Rangoon Lunatic Asylum 1878-1892 - 1878-1892
Year: 1878
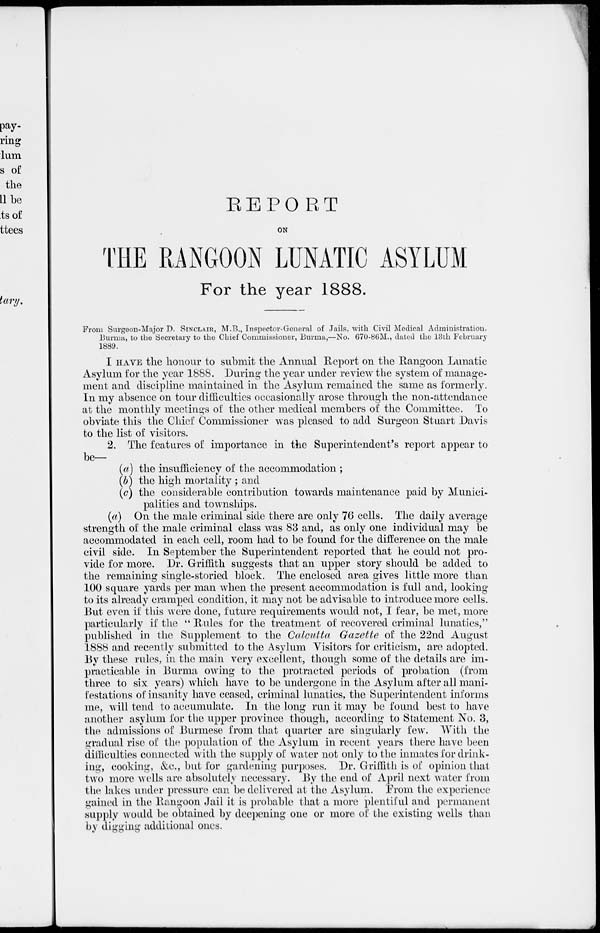
REPORT
ON
THE RANGOON LUNATIC ASYLUM
For the year 1888.
From Surgeon-Major D. SINCLAIR, M.B., Inspector-General of Jails, with Civil Medical Administration.
Burma, to the Secretary to the Chief Commissioner, Burma,—No. 670-86M., dated the 13th February
1889.
I HAVE the honour to submit the Annual Report on the Rangoon Lunatic
Asylum for the year 1888. During the year under review the system of manage-
ment and discipline maintained in the Asylum remained the same as formerly.
In my absence on tour difficulties occasionally arose through the non-attendance
at the monthly meetings of the other medical members of the Committee. To
obviate this the Chief Commissioner was pleased to add Surgeon Stuart Davis
to the list of visitors.
2. The features of importance in the Superintendent's report appear to
be—
(a) the insufficiency of the accommodation ;
(b) the high mortality ; and
(c) the considerable contribution towards maintenance paid by Munici-
palities and townships.
(a) On the male criminal side there are only 76 cells. The daily average
strength of the male criminal class was 83 and, as only one individual may be
accommodated in each cell, room had to be found for the difference on the male
civil side. In September the Superintendent reported that he could not pro-
vide for more. Dr. Griffith suggests that an upper story should be added to
the remaining single-storied block. The enclosed area gives little more than
100 square yards per man when the present accommodation is full and, looking
to its already cramped condition, it may not be advisable to introduce more cells.
But even if this were done, future requirements would not, I fear, be met, more
particularly if the " Rules for the treatment of recovered criminal lunatics,"
published in the Supplement to the Calcutta Gazette of the 22nd August
1888 and recently submitted to the Asylum Visitors for criticism, are adopted.
By these rules, in the main very excellent, though some of the details are im-
practicable in Burma owing to the protracted periods of probation (from
three to six years) which have to be undergone in the Asylum after all mani-
festations of insanity have ceased, criminal lunatics, the Superintendent informs
me, will tend to accumulate. In the long run it may be found best to have
another asylum for the upper province though, according to Statement No. 3,
the admissions of Burmese from that quarter are singularly few. With the
gradual rise of the population of the Asylum in recent years there have been
difficulties connected with the supply of water not only to the inmates for drink-
ing, cooking, &c., but for gardening purposes. Dr. Griffith is of opinion that
two more wells are absolutely necessary. By the end of April next water from
the lakes under pressure can be delivered at the Asylum. From the experience
gained in the Rangoon Jail it is probable that a more plentiful and permanent
supply would be obtained by deepening one or more of the existing wells than
by digging additional ones.